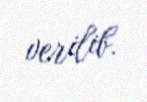
verilib.